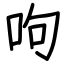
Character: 呴